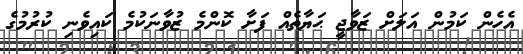
އެހެން ކަމުން އަލަށް ޒަވާޖީ ޙަޔާތެއް ފަށާ ކޮންމެ ޒުވާނަކުމެ ކައިވެނި ކުރުމުގެ